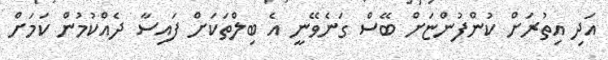
އަދި އިތުރަށް ކުންފުންޏަށް ބޭސް ގަނެވޭނީ އެ ބިލްތަކަށް ފައިސާ ދެއްކުމުން ކަމަށް